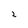
Character: 2